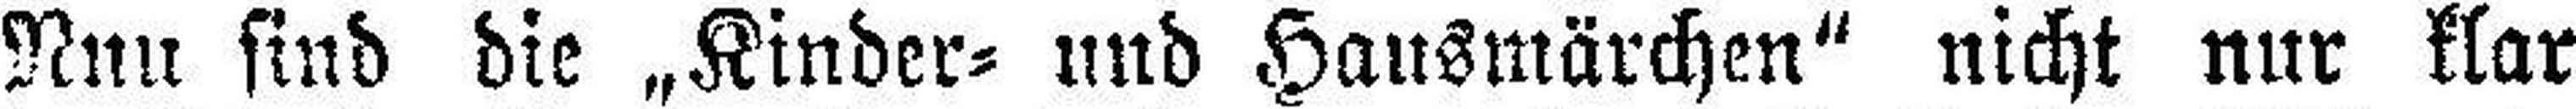
Nun sind die „Kinder= und Hausmärchen“ nicht nur klar